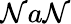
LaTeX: \mathcal{N}a\mathcal{N}